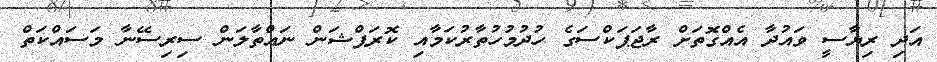
އަދި ރިޔާސީ ވައުދާ އެއްގޮތަށް ރާޖަޕަކްސަގެ ހުދުމުހުތާރުކަމާއި ކޮރަޕްޝަން ނައްތާލަން ސިރިސޭނާ މަސައްކަތް